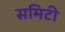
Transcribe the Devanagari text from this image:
समिटी